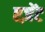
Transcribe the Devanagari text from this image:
एज़ेंट